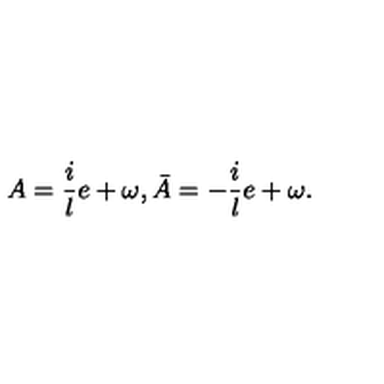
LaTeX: A = \frac { i } { l } e + \omega , \bar { A } = - \frac { i } { l } e + \omega .